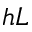
h L